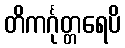
တိကင်္ဂုတ္တရေပိ